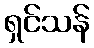
ရှင်သန်